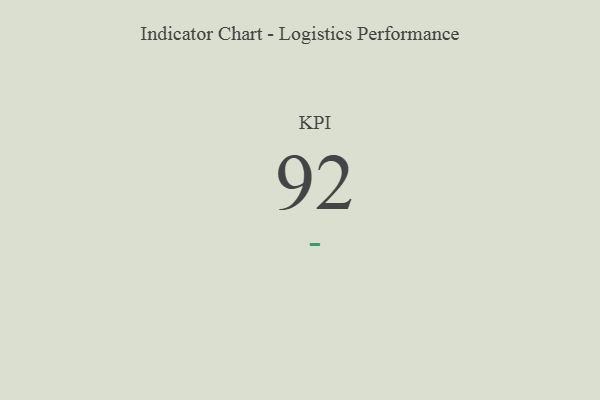
{"axis": {"x": "KPI", "y": "Value"}, "legend": [""], "data": [{"x": "KPI", "y": 92, "type": ""}]}